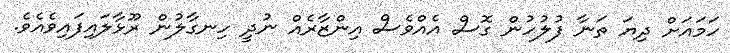
ހަމައަށް ދިޔަ ތަނާ ފުލުހުން ގޮސް އެއްވެސް އިންޒާރެއް ނުދީ ހިނގާލުން ރޫޅާލައިފައިވެއެވެ.